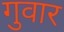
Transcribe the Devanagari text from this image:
गुवार